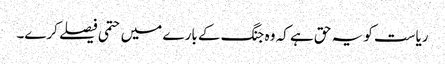
ریاست کو یہ حق ہے کہ وہ جنگ کے بارے میں حتمی فیصلے کرے۔